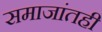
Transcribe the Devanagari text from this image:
समाजांतही